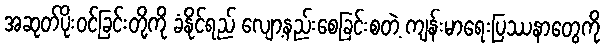
အဆုတ်ပိုးဝင်ခြင်းတို့ကို ခံနိုင်ရည် လျော့နည်းစေခြင်းစတဲ့ ကျန်းမာရေးပြဿနာတွေကို